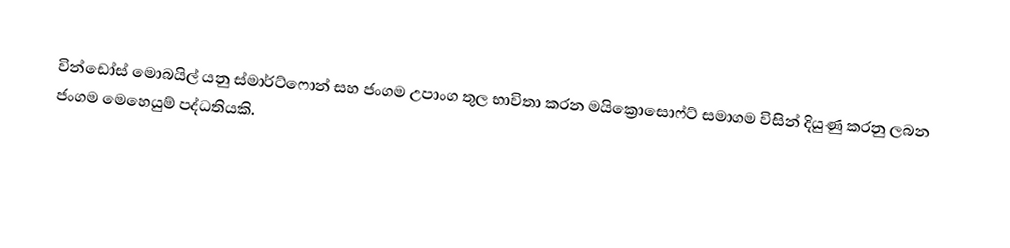
වින්ඩෝස් මොබයිල් යනු  ස්මාර්ට්ෆොන් සහ ජංගම උපාංග තුල භාවිතා කරන මයික්‍රොසොෆ්ට් සමාගම විසින් දියුණු කරනු ලබන ජංගම මෙහෙයුම් පද්ධතියකි.